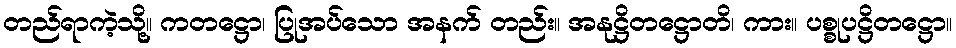
တည်ရာကဲ့သို့။ ကတဋ္ဌော၊ ပြုအပ်သော အနက် တည်း။ အနုဋ္ဌိတဋ္ဌောတိ၊ ကား။ ပစ္စုပဋ္ဌိတဋ္ဌော။